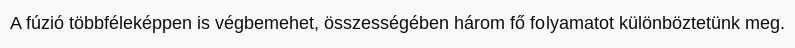
A fúzió többféleképpen is végbemehet, összességében három fő folyamatot különböztetünk meg.